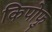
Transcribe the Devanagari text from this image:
किपोफु